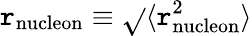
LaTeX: \mathtt{r}_{\mathrm{{nucleon}}}\equiv\sqrt{}{{\langle\mathtt{r}_{\mathrm{{nucleon}}}^{2}\rangle}}